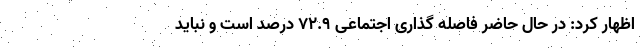
اظهار کرد: در حال حاضر فاصله گذاری اجتماعی ۷۲.۹ درصد است و نباید